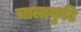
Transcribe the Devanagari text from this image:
चालाकुटि